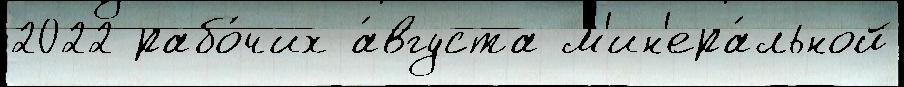
2022 рабо́чих а́вгуста м'ин'ера́льной